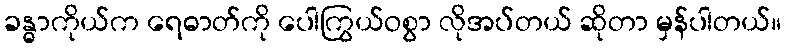
ခန္ဓာကိုယ်က ရေဓာတ်ကို ပေါကြွယ်ဝစွာ လိုအပ်တယ် ဆိုတာ မှန်ပါတယ်။